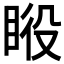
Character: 𰥦